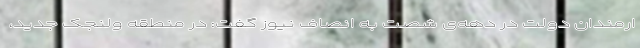
ارمندان دولت در دهه‌ی شصت به انصاف نیوز گفت: در منطقه ولنجک جدید،